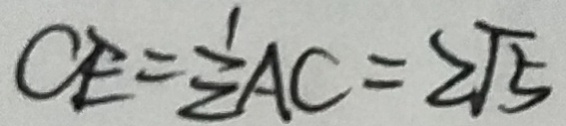
C E = \frac { 1 } { Z } A C = 2 \sqrt { 5 }